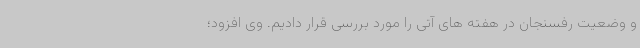
و وضعیت رفسنجان در هفته های آتی را مورد بررسی قرار دادیم. وی افزود؛